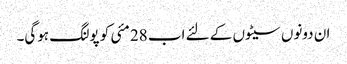
ان دونوں سیٹوں کے لئے اب 28 مئی کو پولنگ ہوگی۔